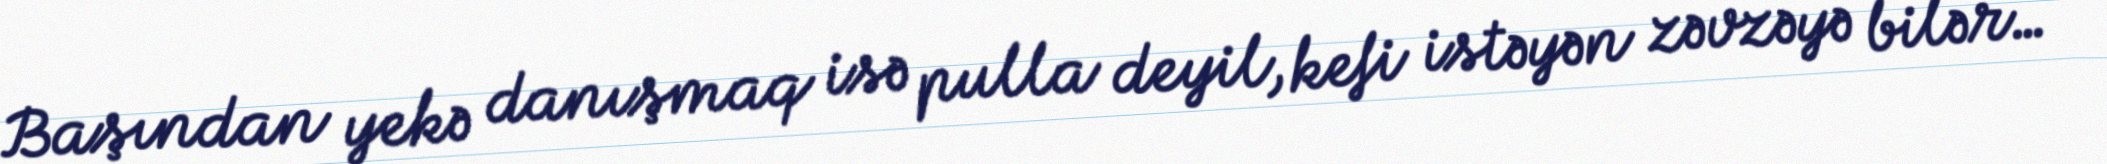
Başından yekə danışmaq isə pulla deyil, kefi istəyən zəvzəyə bilər…